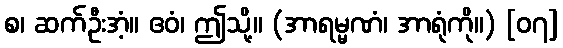
စ၊ ဆက်ဦးအံ့။ ဧဝံ၊ ဤသို့။ (အာရမ္မဏံ၊ အာရုံကို။) [၀၇]